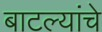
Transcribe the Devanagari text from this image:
बाटल्यांचे